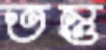
তন্তু